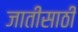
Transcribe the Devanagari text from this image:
जातीसाठी